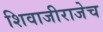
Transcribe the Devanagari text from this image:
शिवाजीराजेच